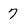
Character: 7